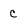
Character: c